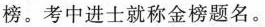
榜。考中进士就称金榜题名。